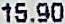
15.90